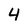
Character: 4